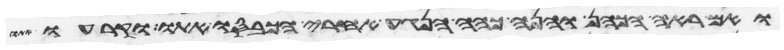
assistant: ואם ראה הכהן והנה כהה הנגע אחרי הכבסו אתו וקרעו